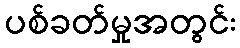
ပစ်ခတ်မှုအတွင်း